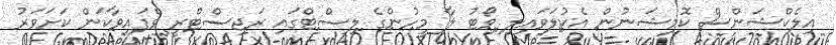
އިލެކްޝަންސް ކޮމިޝަނުން އެކުލަވައިލި ވޯޓު ލާ މީހުންގެ ލިސްޓްގައި ރަޖިސްޓްރީ ވެފައިވާކަން ކަށަވަރު